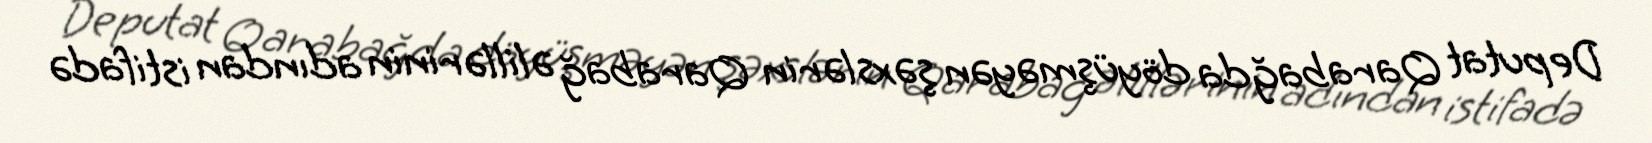
Deputat Qarabağda döyüşməyən şəxslərin Qarabağ əlillərinin adından istifadə